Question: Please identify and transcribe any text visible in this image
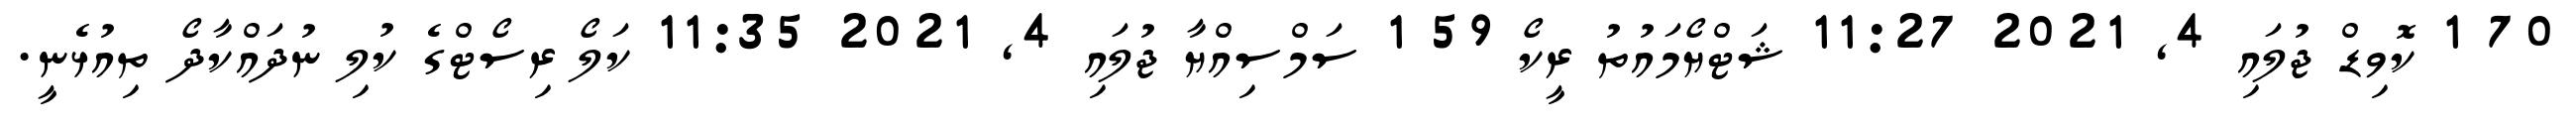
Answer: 70 1 ކޮވިޑް ޖުލައި 4, 2021 11:27 ޝަޓްޔޯމައުތު ރީކޯ 59 1 ސަމްސިއްޔާ ޖުލައި 4, 2021 11:35 ކަލޯ ރިސޯޓްގެ ކުލި ނުދައްކާދޯ ތިއުޅެނީ.